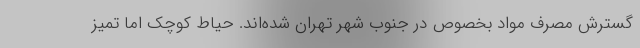
گسترش مصرف مواد بخصوص در جنوب شهر تهران شده‌اند. حیاط کوچک اما تمیز